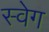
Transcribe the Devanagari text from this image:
स्वेग